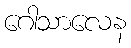
ဂေါသာလေန